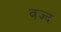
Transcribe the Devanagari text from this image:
वज्द